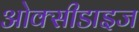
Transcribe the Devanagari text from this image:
ओक्सीडाइज